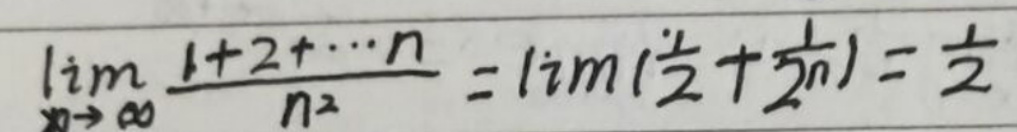
\(\lim_{n \to \infty} \frac{1 + 2 + \cdots + n}{n^2} = \lim_{n \to \infty} (\frac{1}{2} + \frac{1}{2n}) = \frac{1}{2}\)